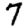
Digit: 7